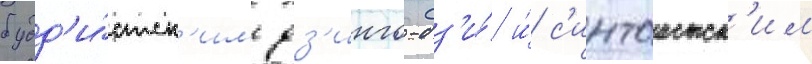
будд'и́стск'им дз'инго-дз'и́ и́ с'интоистск'им